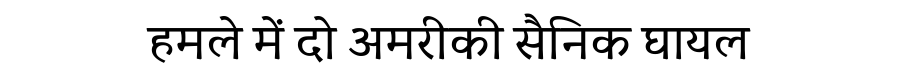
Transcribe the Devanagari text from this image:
हमले में दो अमरीकी सैनिक घायल